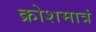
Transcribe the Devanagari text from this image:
क्रोशमात्रं